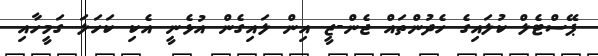
ޕޭސްޓެލް ކުލައިގެ ހެދުންތައް ޖެން-ޒީ އިން ލައިގެން އުޅެނީ އެކި ކަހަލަ ގަމީހާއި